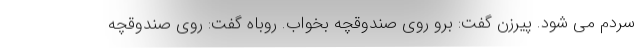
سردم می شود. پیرزن گفت: برو روی صندوقچه بخواب. روباه گفت: روی صندوقچه